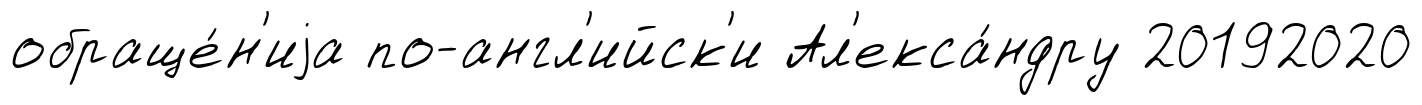
обраще́н'иjа по-англ'ийск'и Ал'екса́ндру 20192020